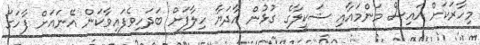
މިހާރަކަށް އައިސް މަންމައާއި ޝަކީލާގެ ގުޅުން އާދަޔާ ހިލާފަށް ބަދަހިވެފައިވާކަން އޭނައަށް ފާހަގަ